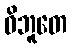
ဝိဘူတေ